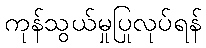
ကုန်သွယ်မှုပြုလုပ်ရန်